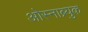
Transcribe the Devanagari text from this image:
ओस्नाब्र्युक